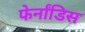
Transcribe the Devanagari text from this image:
फेर्नांडिस